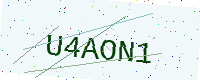
Text: U4AON1